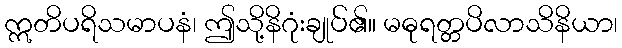
ဣတိပရိသမာပနံ၊ ဤသို့နိဂုံးချုပ်၏။ မဓုရတ္တပိလာသိနိယာ၊